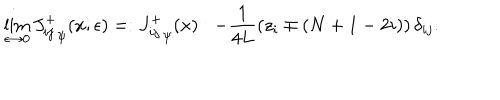
\lim _ { \epsilon \rightarrow 0 } { J _ { i j } ^ { + } } _ { \psi } ( x ; \epsilon ) = : { J _ { i j } ^ { + } } _ { \psi } ( x ) : - \frac { 1 } { 4 L } \left( z _ { i } \mp ( N + 1 - 2 i ) \right) \delta _ { i j } .